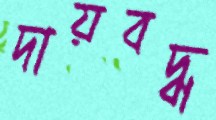
দায়বদ্ধ